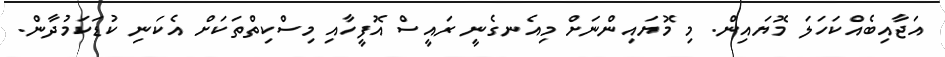
އަޖާއިބެއްކަހަލަ މޮޔައިން. މި މޮޔައިންނަށް މިއެނގެނީ ރައީސް އޮފީހާއި މިސްކިތްތަކަށް އެކަނި ކުޑަކަމުދާން.